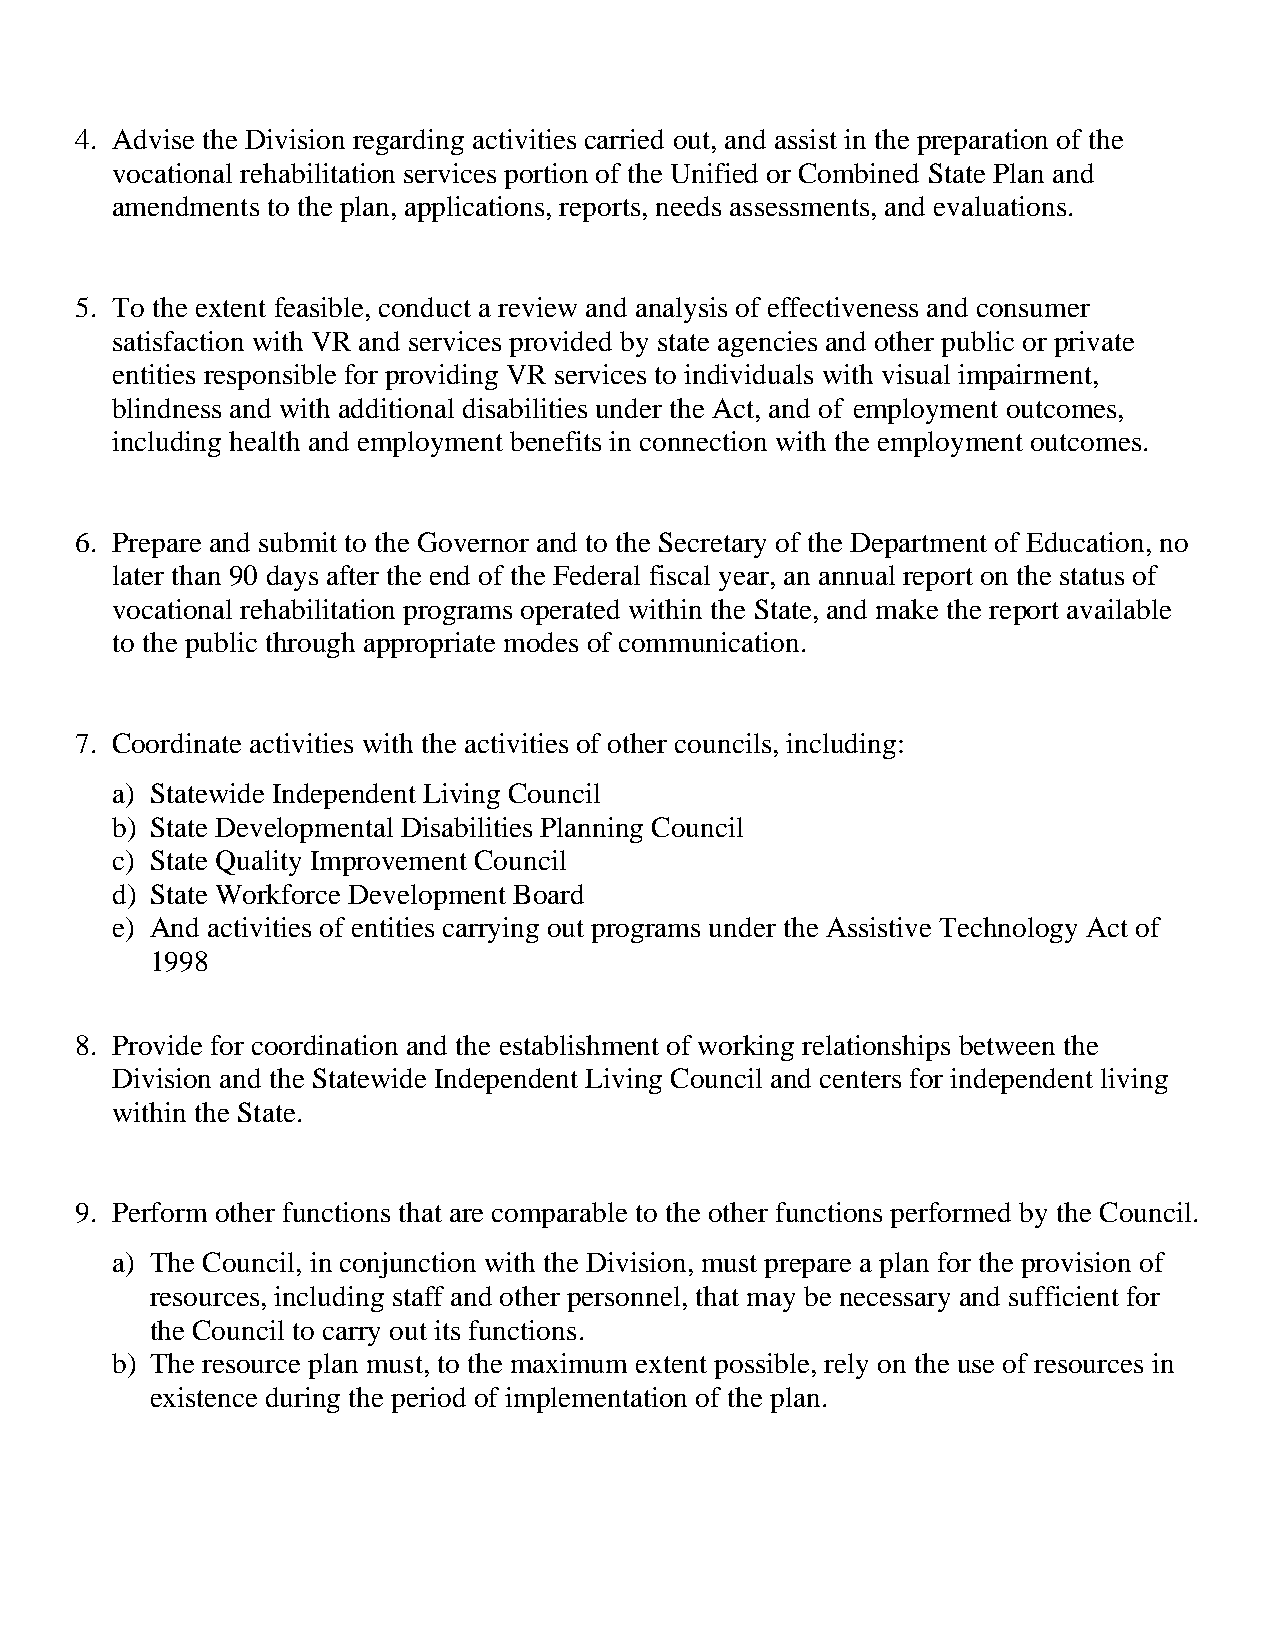
4. Advise the Division regarding activities carried out, and assist in the preparation of the
 vocational rehabilitation services portion of the Unified or Combined State Plan and
 amendments to the plan, applications, reports, needs assessments, and evaluations.
 5. To the extent feasible, conduct a review and analysis of effectiveness and consumer
 satisfaction with VR and services provided by state agencies and other public or private
 entities responsible for providing VR services to individuals with visual impairment,
 blindness and with additional disabilities under the Act, and of employment outcomes,
 including health and employment benefits in connection with the employment outcomes.
 6. Prepare and submit to the Governor and to the Secretary of the Department of Education, no
 later than 90 days after the end of the Federal fiscal year, an annual report on the status of
 vocational rehabilitation programs operated within the State, and make the report available
 to the public through appropriate modes of communication.
 7. Coordinate activities with the activities of other councils, including:
 a) Statewide Independent Living Council
 b) State Developmental Disabilities Planning Council
 c) State Quality Improvement Council
 d) State Workforce Development Board
 e) And activities of entities carrying out programs under the Assistive Technology Act of
 1998
 8. Provide for coordination and the establishment of working relationships between the
 Division and the Statewide Independent Living Council and centers for independent living
 within the State.
 9. Perform other functions that are comparable to the other functions performed by the Council.
 a) The Council, in conjunction with the Division, must prepare a plan for the provision of
 resources, including staff and other personnel, that may be necessary and sufficient for
 the Council to carry out its functions.
 b) The resource plan must, to the maximum extent possible, rely on the use of resources in
 existence during the period of implementation of the plan.